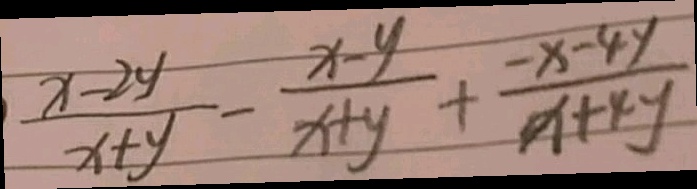
\frac { x - 2 y } { x + y } - \frac { x - y } { x + y } + \frac { - x - 4 y } { x + 4 y }